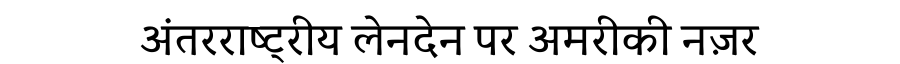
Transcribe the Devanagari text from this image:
अंतरराष्ट्रीय लेनदेन पर अमरीकी नज़र